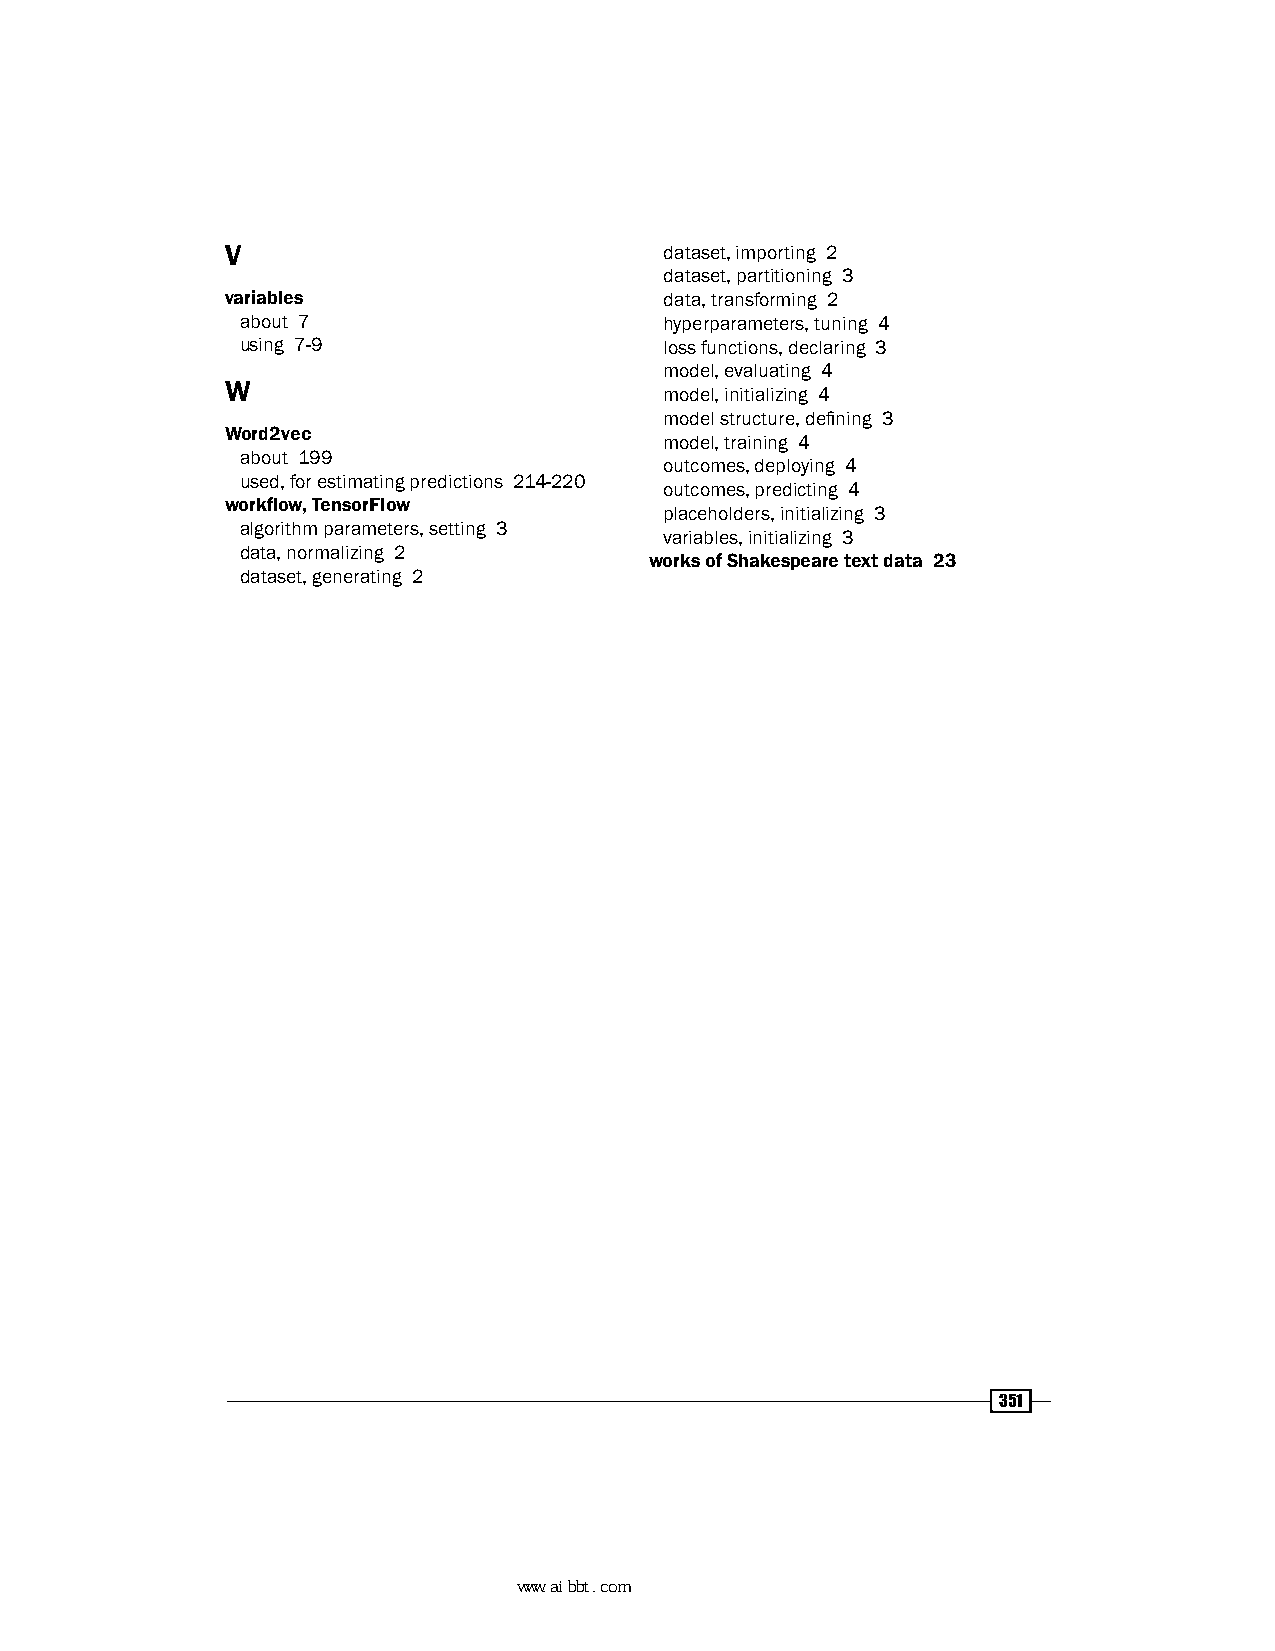
V                            dataset, importing 2
 dataset, partitioning 3
 variables                    data, transforming 2
 about 7                     hyperparameters, tuning 4
 using 7-9                   loss functions, declaring 3
 model, evaluating 4
 W
 model, initializing 4
 model structure, defining 3
 Word2vec
 model, training 4
 about 199
 outcomes, deploying 4
 used, for estimating predictions 214-220
 outcomes, predicting 4
 workflow, TensorFlow
 placeholders, initializing 3
 algorithm parameters, setting 3
 variables, initializing 3
 data, normalizing 2
 works of Shakespeare text data 23
 dataset, generating 2
 351
 www.aibbt.com 让未来触手可及